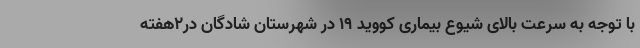
با توجه به سرعت بالای شیوع بیماری کووید ۱۹ در شهرستان شادگان در۲هفته